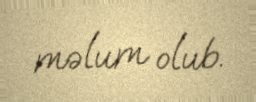
məlum olub.